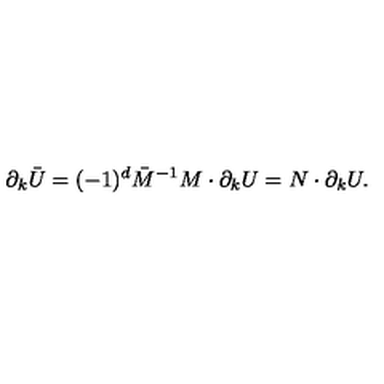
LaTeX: \ \partial _ { k } \bar { U } = ( - 1 ) ^ { d } \bar { M } ^ { - 1 } M \cdot \partial _ { k } U = N \cdot \partial _ { k } U .